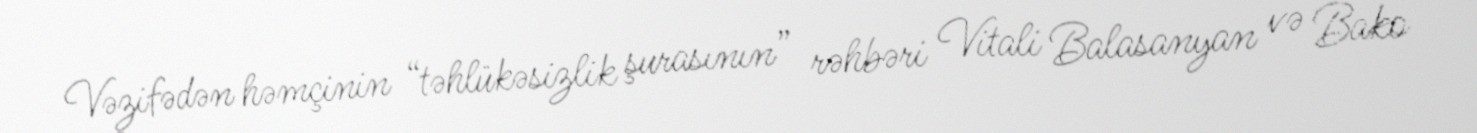
Vəzifədən həmçinin “təhlükəsizlik şurasının” rəhbəri Vitali Balasanyan və Bako